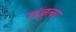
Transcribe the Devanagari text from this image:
मंजूला